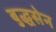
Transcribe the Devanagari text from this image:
बुद्धसेन